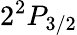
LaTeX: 2^{2}P_{3/2}